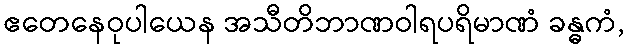
ဧတေနေဝုပါယေန အသီတိဘာဏဝါရပရိမာဏံ ခန္ဓကံ,